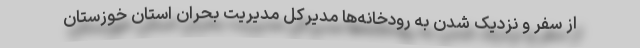
از سفر و نزدیک شدن به رودخانه‌ها مدیرکل مدیریت بحران استان خوزستان